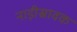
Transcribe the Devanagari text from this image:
नाड़ीस्रावक